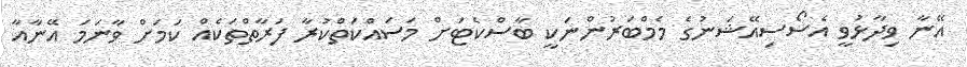
އޭނާ ވިދާޅުވީ އެސޯސިއޭޝަނުގެ މެމްބަރުންނަކީ ބާސްކެޓަށް މަސައްކަތްކުރާ ފަރާތްތަކެއް ކަމަށް ވާނަމަ އޭނާއާ